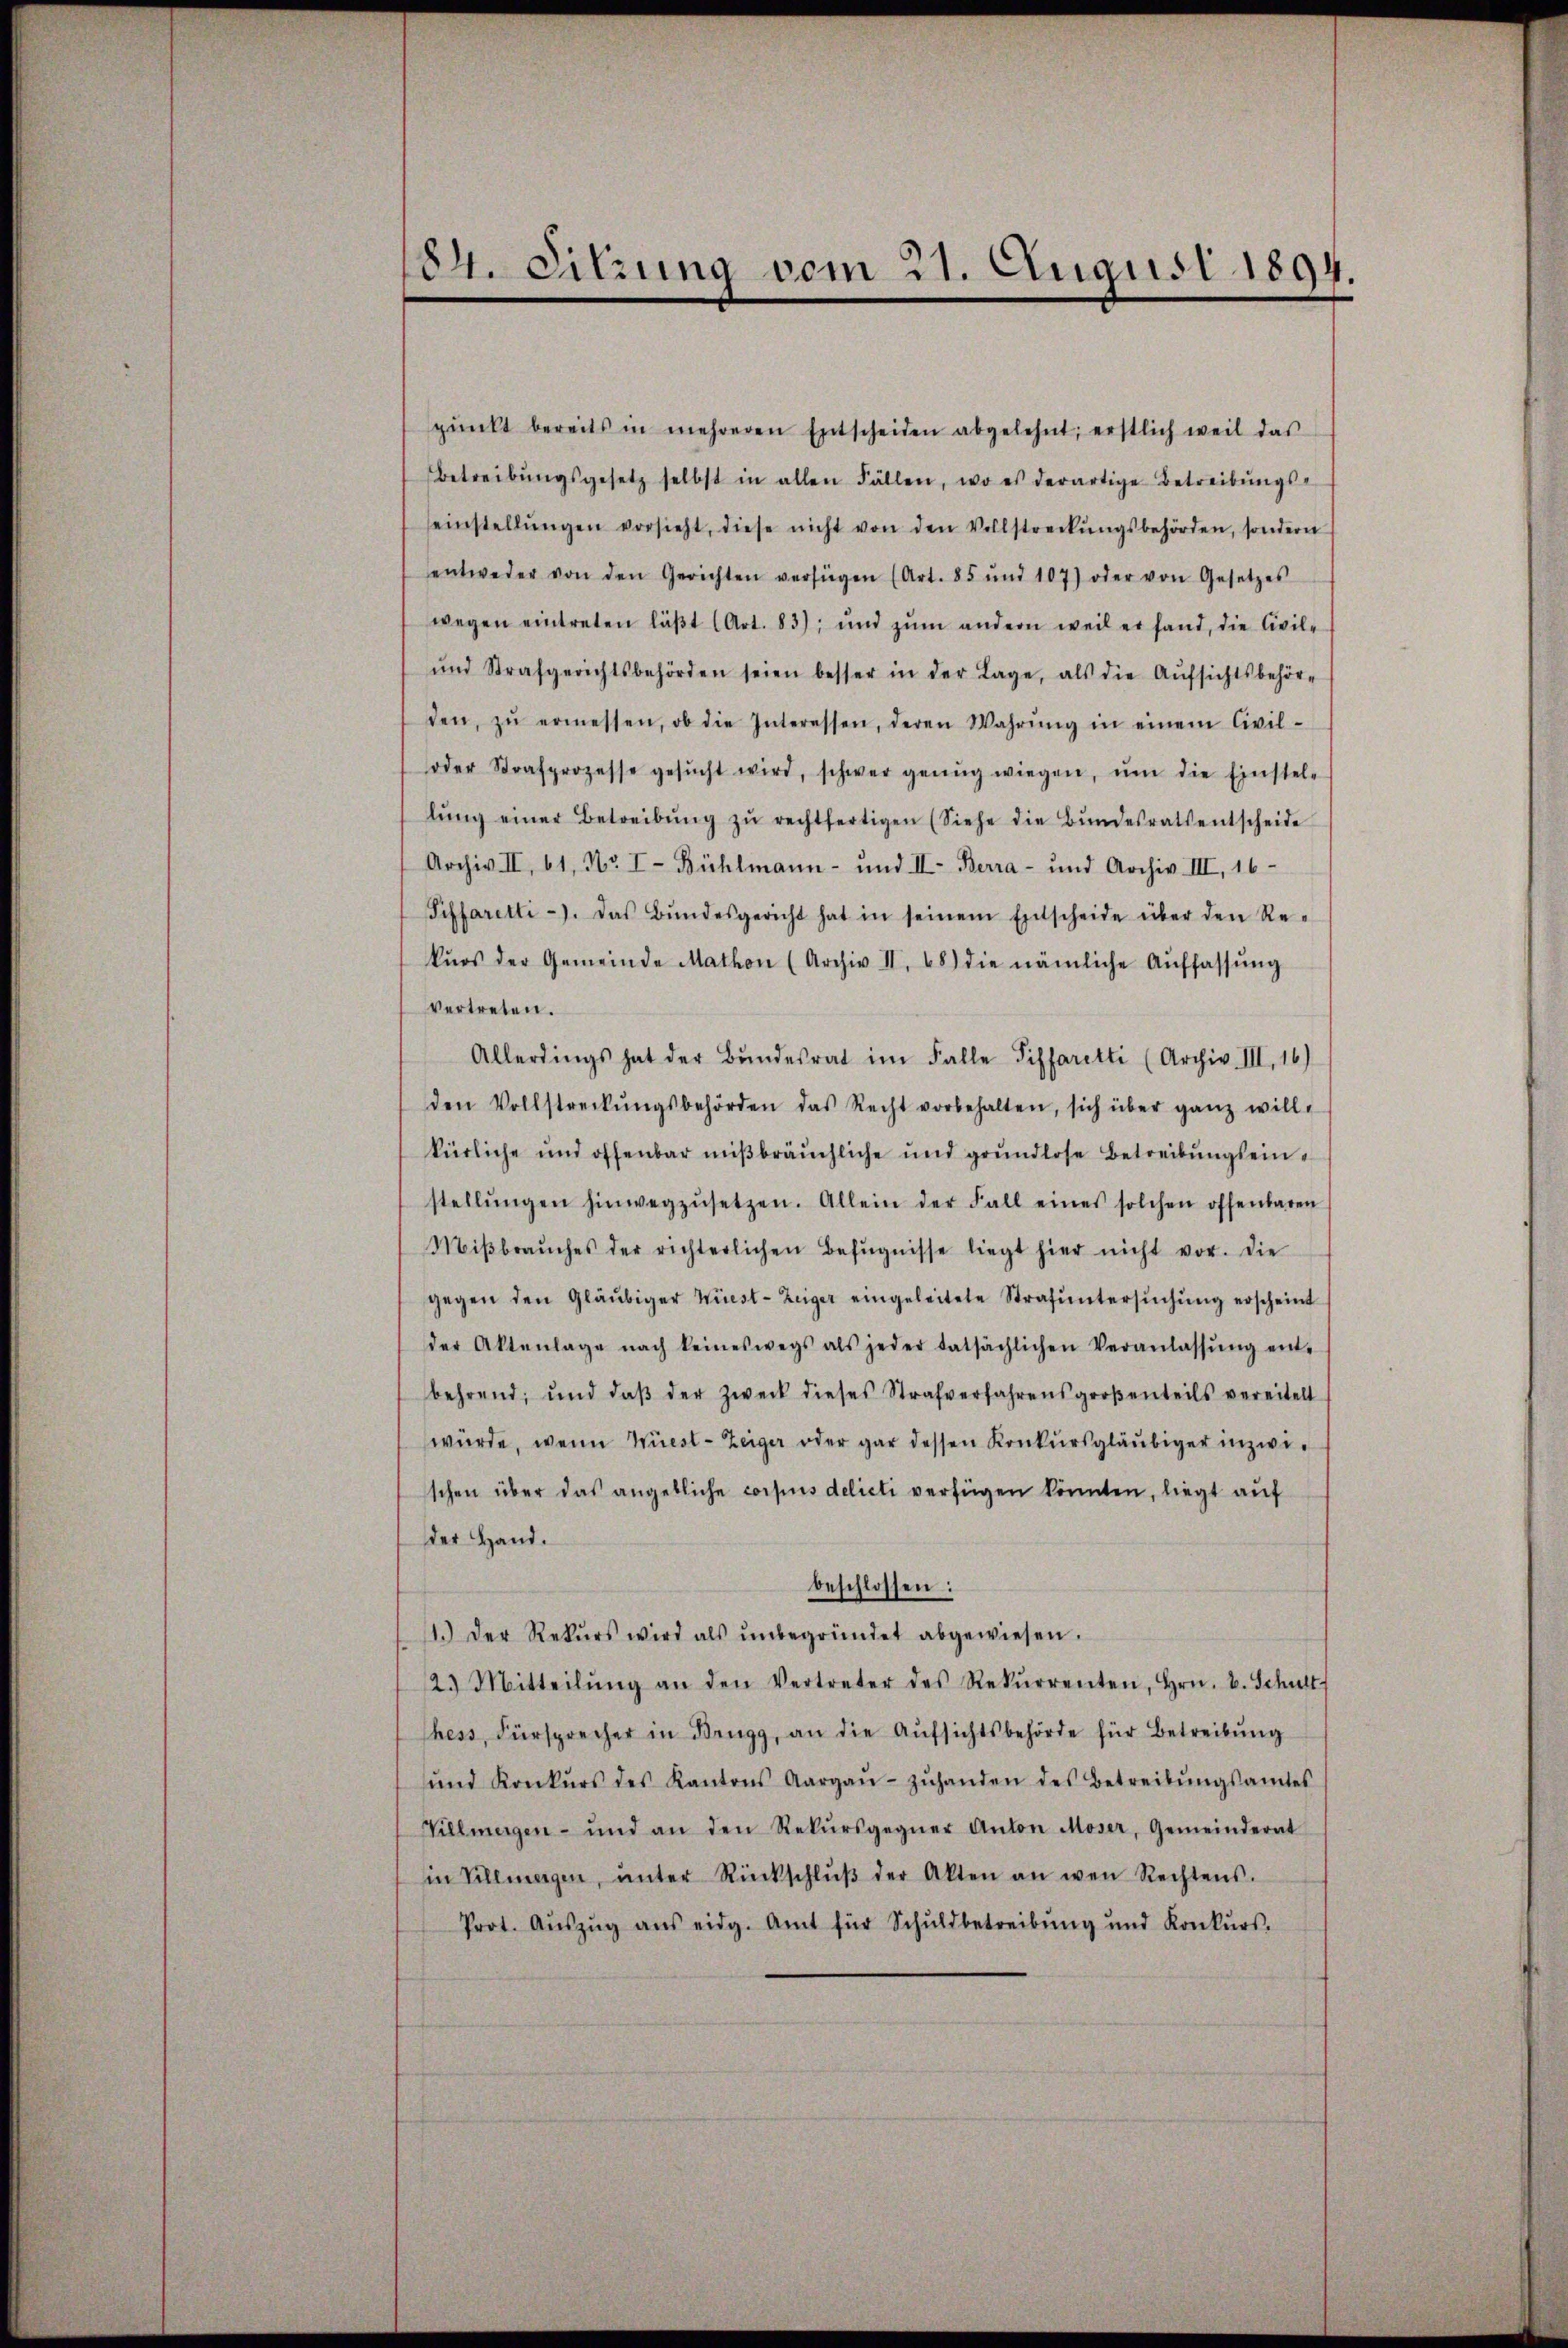
184. Sitzung vom 21. August 1894.

pŭnkt bereits in mehreren Entscheiden abgelehnt, erstlich weil das
Betreibŭngsgesetz selbst in allen Fällen, wo es derartige Betreibŭngs-
seinstellŭngen vorsieht, diese nicht von den Vollstreckŭngsbehörden, sondern
entweder von den Gerichten verfügen (Art. 85 und 107) oder von Gesetzes
wegen eintreten läβt (Art. 83), und zŭm andern weil er fand, die Civile
ŭnd Strafgerichtsbehörden seien besser in der Lage, als die Aŭfsichtsbehöre
den, zŭ ermessen, ob die Interessen, deren Wahrŭng in einem Civil-
oder Strafprozesse gesŭcht wird, schwer genug wiegen, ŭm die Einstel-
lŭng einer Betreibŭng zŭ rechtfertigen (Siehe die Bŭndesrats entscheide
Archiv II, 61, Nr. I Bühlmann- und II. Berra- und Archiv III, 16
Piffaretti). Das Bŭndesgericht hat in seinem Entscheide über den Re-
kŭrs der Gemeinde Mathen (Archiv II, 68) die nämliche Aŭffassŭng
vertreten.
Allerdings hat der Bŭndesrat im Falle Siffaretti (Archiv III, 16)
den Vollstreckŭngsbehörden das Recht vorbehalten, sich über ganz will-
kürliche und offenbar mißbräuchliche und grŭndlose Betreibŭngseinstellŭngen hinwegzŭsetzen. Allein der Fall eines solchen offenbaren
Miβbraŭches der richterlichen Befugnisse liegt hier nicht vor. Die
gegen den Gläubiger Wüest-Zeiger eingeleitete Strafŭntersŭchŭng erscheint
der Aktenlage nach keineswegs als jeder tatsächlichen Veranlassŭng ent-
behrend, und daβ der Zweck dieses Strafverfahrensgroβenteils vereitelt
würde, wenn Wüest - Zeiger oder gar dessen Konkursgläubiger inzwischen über das angebliche corpus delicti verfügen könnten, liegt auf
Der Hand.
beschlossen:
11.) Der Rekŭrs wird als ŭnbegründet abgewiesen.
2. Mitteilŭng an den Vertreter des Rekŭrrenten, Hrn. v. Schult
hess, Fürsprecher in Brugg, an die Aŭfsichtsbehörde für Betreibŭng
ŭnd Konkŭrs des Kantons Aargaŭ zŭhanden des Betreibŭngsamtes
Villmergen- und an den Rekŭrsgegner Anton Moser, Gemeinderat
in Sillmagen, ŭnter Rückschlŭβ der Akten an wen Rechtens.
Prot. Aŭszŭg ans eidg. Amt für Schuldbetreibŭng und Konkŭrs.